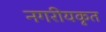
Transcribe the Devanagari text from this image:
नगरीयकृत